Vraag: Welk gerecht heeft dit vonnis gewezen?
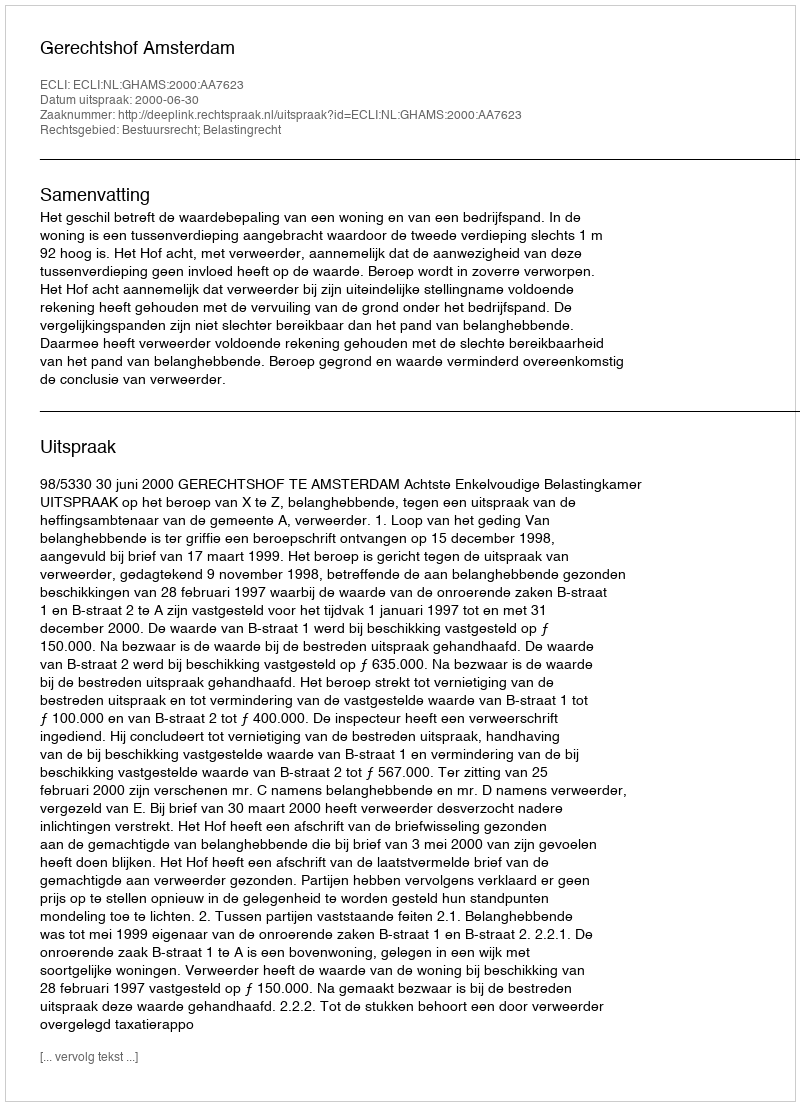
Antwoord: Gerechtshof Amsterdam